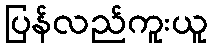
ပြန်လည်ကူးယူ